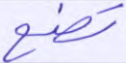
تضع